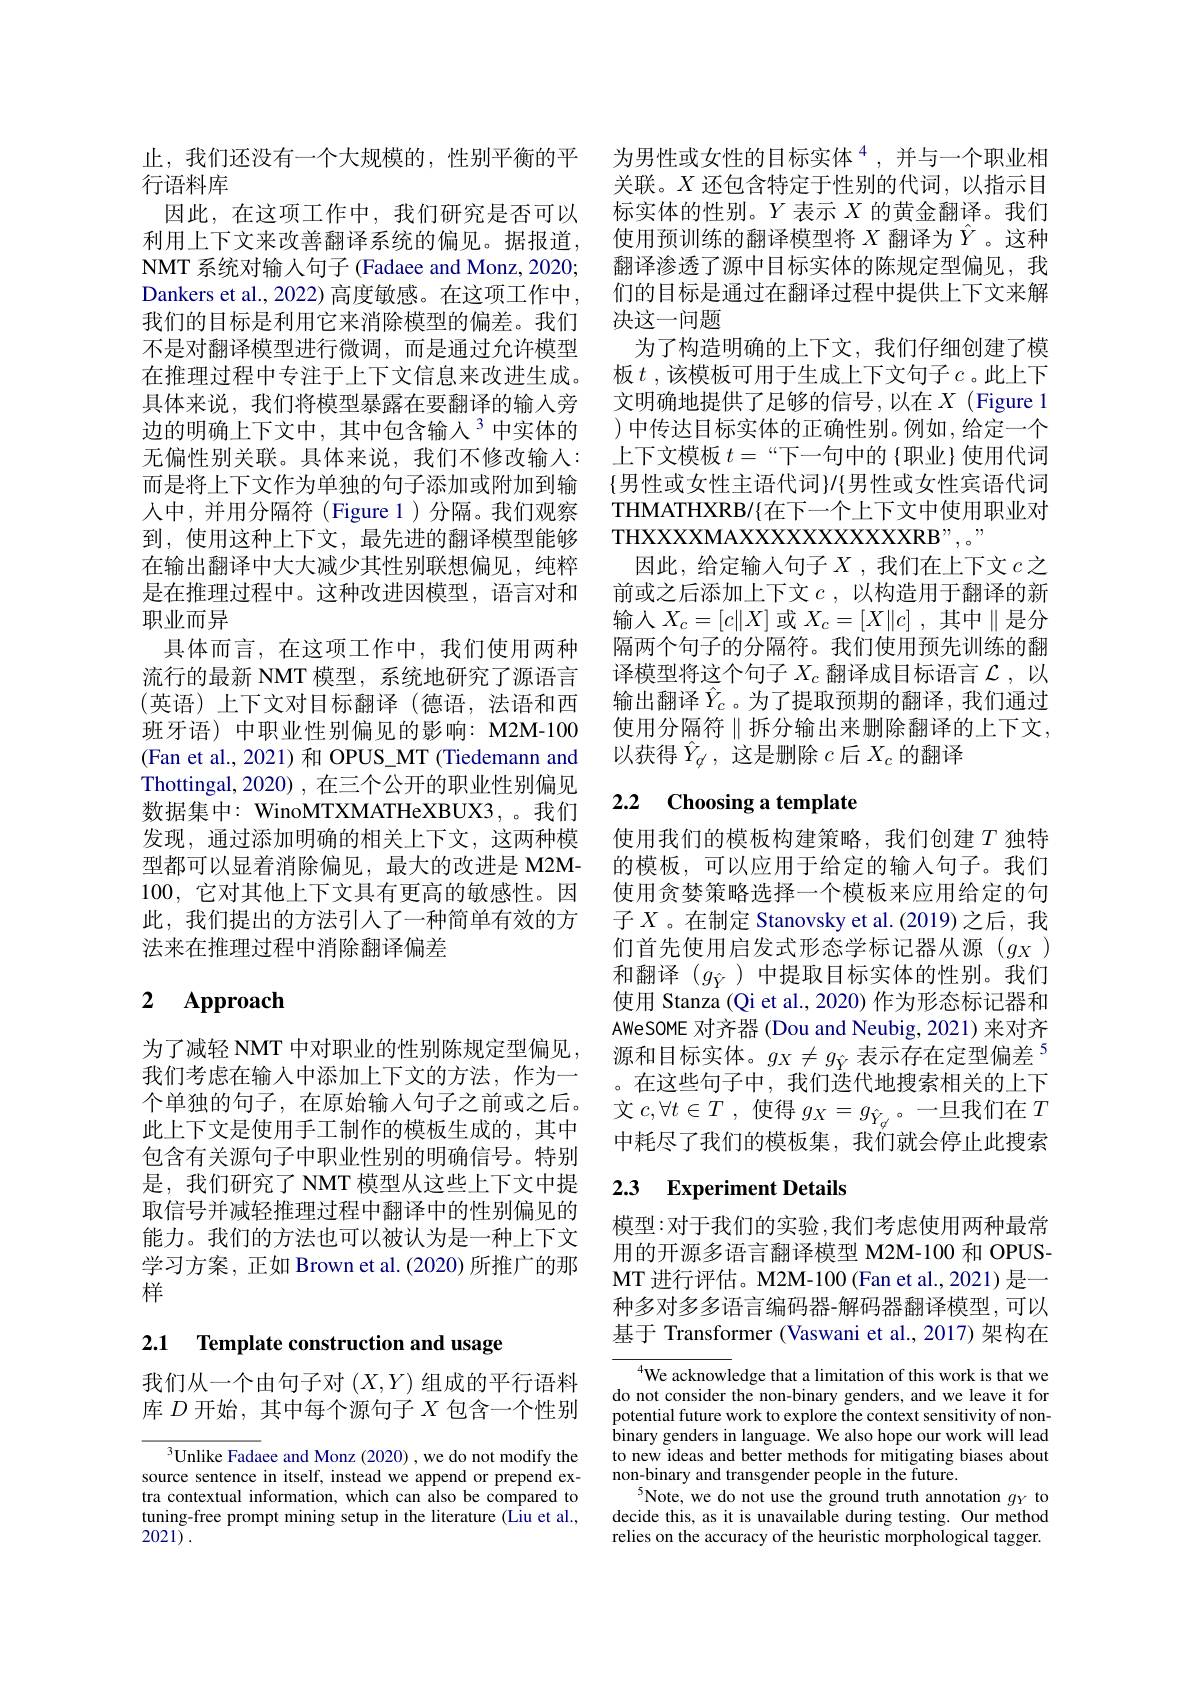
止，我们还没有一个大规模的，性别平衡的平
行语料库
因此，在这项工作中，我们研究是否可以利用上下文来改善翻译系统的偏见。据报道， NMT 系统对输入句子 (Fadaee and Monz, 2020; Dankers et al., 2022) 高度敏感。在这项工作中， 不是对翻译模型进行微调，而是通过允许模型在推理过程中专注于上下文信息来改进生成。具体来说，我们将模型暴露在要翻译的输入旁边的明确上下文中，其中包含输入$^{3}$中实体的无偏性别关联。具体来说，我们不修改输入： 而是将上下文作为单独的句子添加或附加到输人中，并用分隔符(Figure 1)分隔。我们观察到，使用这种上下文，最先进的翻译模型能够在输出翻译中大大减少其性别联想偏见，纯粹是在推理过程中。这种改进因模型，语言对和职业而异
具体而言，在这项工作中，我们使用两种流行的最新 NMT 模型，系统地研究了源语言(英语)上下文对目标翻译(德语，法语和西班牙语) 中职业性别偏见的影响：M2M-100 (Fan et al., 2021)和 OPUS\_MT (Tiedemann and Thottingal,2020),在三个公开的职业性别偏见数据集中：WinoMTXMATHeXBUX3, 。我们发现，通过添加明确的相关上下文，这两种模型都可以显着消除偏见，最大的改进是 M2M- 100,它对其他上下文具有更高的敏感性。因此，我们提出的方法引人了一种简单有效的方法来在推理过程中消除翻译偏差

# 2 Approach

为了减轻 NMT 中对职业的性别陈规定型偏见， 我们考虑在输入中添加上下文的方法，作为一个单独的句子，在原始输入句子之前或之后。此上下文是使用手工制作的模板生成的，其中包含有关源句子中职业性别的明确信号。特别是，我们研究了 NMT 模型从这些上下文中提取信号并减轻推理过程中翻译中的性别偏见的能力。我们的方法也可以被认为是一种上下文学习方案，正如 Brown et al. (2020) 所推广的那样

2.1 Template construction and usage

我们从一个由句子对($X,Y)$组成的平行语料库$D$开始，其中每个源句子$X$包含一个性别

$^{3}$Unlike Fadaee and Monz (2020) , we do not modify the source sentence in itself, instead we append or prepend extra contextual information, which can also be compared to tuning-free prompt mining setup in the literature (Liu et al., 2021).

为男性或女性的目标实体$^{4}$,并与一个职业相关联。$X$还包含特定于性别的代词，以指示目标实体的性别。$Y$表示$X$的黄金翻译。我们使用预训练的翻译模型将$X$翻译为$\hat{Y}$ 。这种翻译渗透了源中目标实体的陈规定型偏见，我们的目标是通过在翻译过程中提供上下文来解
我们的目标是利用它来消除模型的偏差。我们 决这一问题
为了构造明确的上下文，我们仔细创建了模板$t$ ,该模板可用于生成上下文句子$c$。此上下文明确地提供了足够的信号，以在$X$ (Figure 1 )中传达目标实体的正确性别。例如，给定一个上下文模板$t=$“下一句中的{职业}使用代词$\{$男性或女性主语代词$\}/\{$男性或女性宾语代词THMATHXRB/{在下一个上下文中使用职业对THXXXXMAXXXXXXXXXXXXXRB" , 。"
因此，给定输入句子$X$,我们在上下文$c$之前或之后添加上下文$c$,以构造用于翻译的新输入$X_c=[c\|X]$ 或 $X_c=[X\|c]$, 其中$\|$是分隔两个句子的分隔符。我们使用预先训练的翻译模型将这个句子$X_c$翻译成目标语言$\mathcal{L}$,以输出翻译$\hat{Y}_c$。为了提取预期的翻译，我们通过使用分隔符$\parallel$拆分输出来删除翻译的上下文， 以获得$\hat{Y}_{\phi^{\prime}}$,这是删除$c$后$X_c$的翻译

# 2.2 $\textbf{Choosing a template}$

使用我们的模板构建策略，我们创建$T$独特的模板，可以应用于给定的输入句子。我们使用贪婪策略选择一个模板来应用给定的句子$X$ 。在制定 Stanovsky et al.(2019)之后，我们首先使用启发式形态学标记器从源(g_X) 和翻译($g_\hat{Y}$)中提取目标实体的性别。我们使用 Stanza (Qi et al., 2020) 作为形态标记器和AWeSOME 对齐器 (Dou and Neubig, 2021) 来对齐源和目标实体。$g_X\neq g_{\hat{Y}}$ 表示存在定型偏差$^{5}$ 。在这些句子中，我们迭代地搜索相关的上下文$c, \forall t\in T$ ,使得$g_X=g_{\hat{Y}_{\phi}}$。一旦我们在$T$ 中耗尽了我们的模板集，我们就会停止此搜索

# 2.3 Experiment Details

模型：对于我们的实验，我们考虑使用两种最常用的开源多语言翻译模型 M2M-100 和 OPUSMT进行评估。M2M-100(Fan et al.,2021)是一种多对多多语言编码器-解码器翻译模型，可以基于 Transformer (Vaswani et al.,2017)架构在

$^{4}$We acknowledge that a limitation of this work is that we do not consider the non-binary genders, and we leave it for potential future work to explore the context sensitivity of nonbinary genders in language. We also hope our work will lead to new ideas and better methods for mitigating biases about non-binary and transgender people in the future.
Note, we do not use the ground truth annotation $g_Y$ to decide this, as it is unavailable during testing. Our method relies on the accuracy of the heuristic morphological tagger.